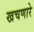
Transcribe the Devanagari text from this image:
खचणारे